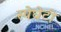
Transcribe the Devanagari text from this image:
स्पेघेटी